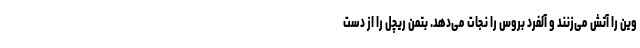
وین را آتش می‌زنند و آلفرد بروس را نجات می‌دهد. بتمن ریچل را از دست